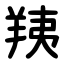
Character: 羠